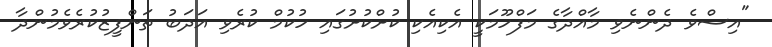
"އިސްވެ ދެންނެވި މާއްދާގެ މަފްހޫމަކީ އެކިއެކި ކުށްކުށުގައި ހުކުމް ކުރެވި އަދަބު ތަންފީޒުކުރެވެމުންދާ